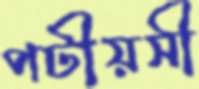
পটীয়সী